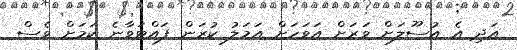
އަދި އެ އުސޫލަށް ވަރަށް އަވަހަށް އަމަލު ކުރަން ފައްޓަވާނެ ކަމަށް ވެސް